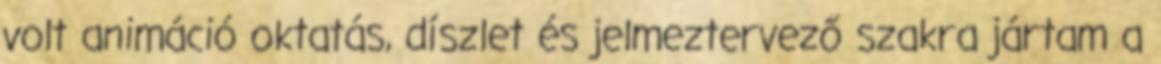
volt animáció oktatás, díszlet és jelmeztervező szakra jártam a